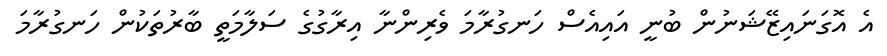
އެ އޮގަނައިޒޭޝަނުން ބުނީ އައިއެސް ހަނގުރާމަ ވެރިންނާ އިރާގުގެ ސަލާމަތީ ބާރުތަކުން ހަނގުރާމަ